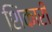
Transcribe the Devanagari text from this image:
शिंकारी